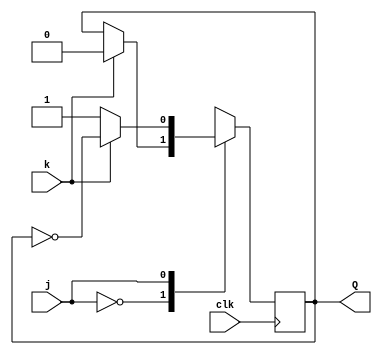
module top_module (
    input clk,
    input j,
    input k,
    output Q); 
    
    always @(posedge clk) begin
        case(j)
            1'b0: Q <= (k) ? 1'b0 : Q;
            1'b1: Q <= (k) ? (~Q) : 1'b1;
        endcase
    end
endmodule